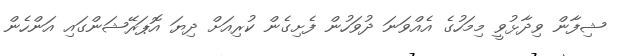
ޝިފާން ވިދާޅުވީ މިމަހުގެ އެއްވަނަ ދުވަހުން ފެށިގެން ކުރިއަށް ދިޔަ އޮޕަރޭޝަންގައި އަންހެން